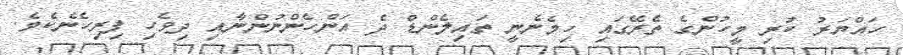
ހައްޔަރު ކުރި މީހުންގެ ތެރޭގައި ހިމެނެނީ ތައިލެންޑް ދެ އަންހެންނުންނާއި ދިވެހި ފިރިހެނެކެވެ.